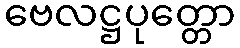
ဗေလဋ္ဌပုတ္တော